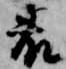
藤